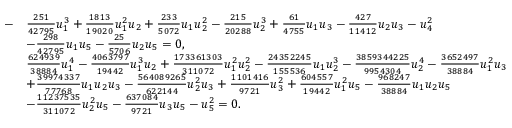
\begin{array} { r l } { - } & { \frac { 2 5 1 } { 4 2 7 9 5 } u _ { 1 } ^ { 3 } + \frac { 1 8 1 3 } { 1 9 0 2 0 } u _ { 1 } ^ { 2 } u _ { 2 } + \frac { 2 3 3 } { 5 0 7 2 } u _ { 1 } u _ { 2 } ^ { 2 } - \frac { 2 1 5 } { 2 0 2 8 8 } u _ { 2 } ^ { 3 } + \frac { 6 1 } { 4 7 5 5 } u _ { 1 } u _ { 3 } - \frac { 4 2 7 } { 1 1 4 1 2 } u _ { 2 } u _ { 3 } - u _ { 4 } ^ { 2 } } \\ & { - \frac { 2 9 8 } { 4 2 7 9 5 } u _ { 1 } u _ { 5 } - \frac { 2 5 } { 5 7 0 6 } u _ { 2 } u _ { 5 } = 0 , } \\ & { \frac { 6 2 4 9 3 9 } { 3 8 8 8 4 } u _ { 1 } ^ { 4 } - \frac { 4 0 6 3 7 9 7 } { 1 9 4 4 2 } u _ { 1 } ^ { 3 } u _ { 2 } + \frac { 1 7 3 3 6 1 3 0 3 } { 3 1 1 0 7 2 } u _ { 1 } ^ { 2 } u _ { 2 } ^ { 2 } - \frac { 2 4 3 5 2 2 4 5 } { 1 5 5 5 3 6 } u _ { 1 } u _ { 2 } ^ { 3 } - \frac { 3 8 5 9 3 4 4 2 2 5 } { 9 9 5 4 3 0 4 } u _ { 2 } ^ { 4 } - \frac { 3 6 5 2 4 9 7 } { 3 8 8 8 4 } u _ { 1 } ^ { 2 } u _ { 3 } } \\ & { + \frac { 3 9 9 7 4 3 3 7 } { 7 7 7 6 8 } u _ { 1 } u _ { 2 } u _ { 3 } - \frac { 5 6 4 0 8 9 2 6 5 } { 6 2 2 1 4 4 } u _ { 2 } ^ { 2 } u _ { 3 } + \frac { 1 1 0 1 4 1 6 } { 9 7 2 1 } u _ { 3 } ^ { 2 } + \frac { 6 0 4 5 5 7 } { 1 9 4 4 2 } u _ { 1 } ^ { 2 } u _ { 5 } - \frac { 9 6 8 2 4 7 } { 3 8 8 8 4 } u _ { 1 } u _ { 2 } u _ { 5 } } \\ & { - \frac { 1 1 2 3 7 5 3 5 } { 3 1 1 0 7 2 } u _ { 2 } ^ { 2 } u _ { 5 } - \frac { 6 3 7 0 8 4 } { 9 7 2 1 } u _ { 3 } u _ { 5 } - u _ { 5 } ^ { 2 } = 0 . } \end{array}